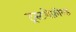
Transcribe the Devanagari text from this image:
ट्रस्टशेफ़ील्ड